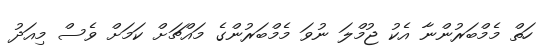
ހަތް މެމްބަރުންނާ އެކު ޖުމްލަ ނުވަ މެމްބަރުންގެ މައްޗަށް ކަމަށް ވެސް މިއަދު